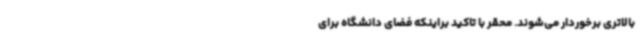
بالاتری برخوردار می‌شوند. محقر با تاکید براینکه فضای دانشگاه برای